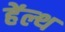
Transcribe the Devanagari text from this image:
हेंल्थ